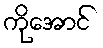
ကိုအောင်